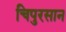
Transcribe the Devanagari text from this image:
चिपुरसान